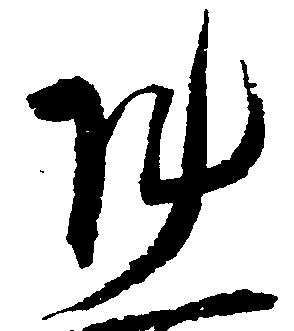
陣